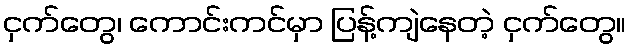
ငှက်တွေ၊ ကောင်းကင်မှာ ပြန့်ကျဲနေတဲ့ ငှက်တွေ။